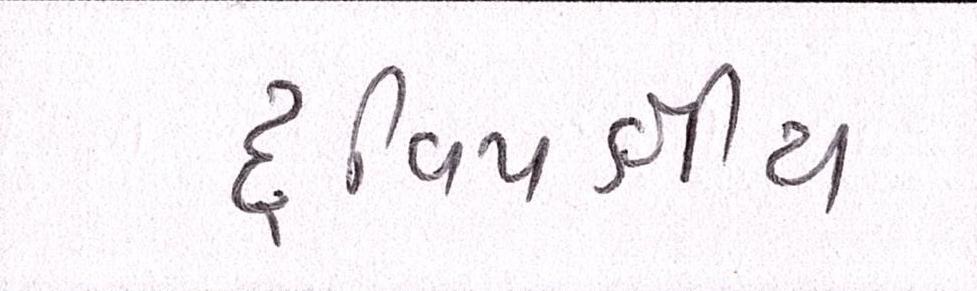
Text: દ્વિપક્ષીય